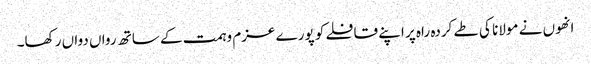
انھوں نے مولانا کی طے کردہ راہ پر اپنے قافلے کو پورے عزم وہمت کے ساتھ رواں دواں رکھا۔